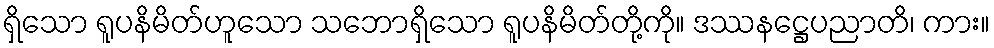
ရှိသော ရူပနိမိတ်ဟူသော သဘောရှိသော ရူပနိမိတ်တို့ကို။ ဒဿနဋ္ဌေပညာတိ၊ ကား။